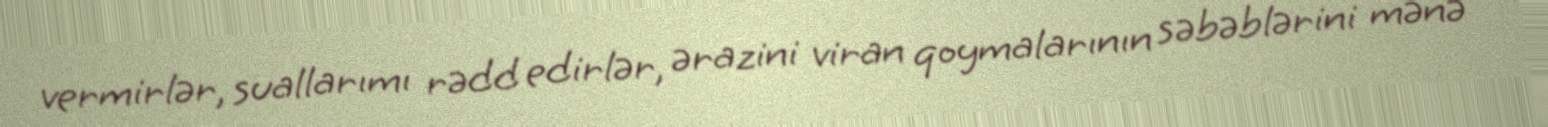
vermirlər, suallarımı rədd edirlər, ərazini viran qoymalarının səbəblərini mənə